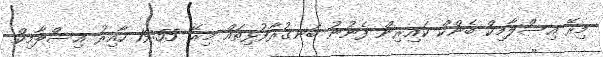
މިރޭ އިސްލާމިކް ބެންކް ކައިރިން ފެނުނު ބަނގުރާފުޅިތައް މިރޭ 19:55 ހާއިރު އިސްލާމިކް